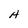
Character: H